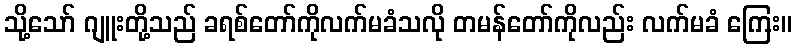
သို့သော် ဂျူးတို့သည် ခရစ်တော်ကိုလက်မခံသလို တမန်တော်ကိုလည်း လက်မခံ ကြေး။